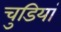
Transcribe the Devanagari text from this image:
चुडियां